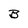
Character: B